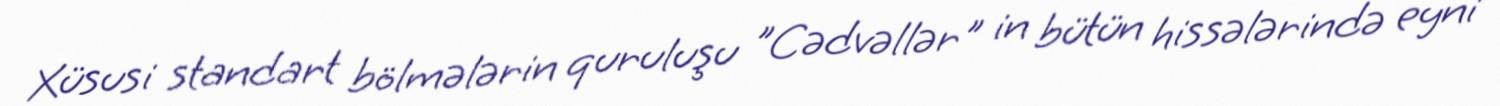
Xüsusi standart bölmələrin quruluşu "Cədvəllər" in bütün hissələrində eyni